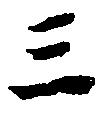
三